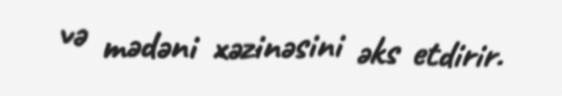
və mədəni xəzinəsini əks etdirir.